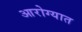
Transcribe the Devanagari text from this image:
आरोग्यात